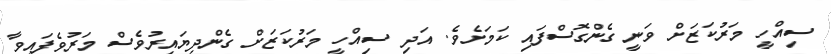
ސިއްހީ މަރުކަޒަށް ވަނީ ގެންގޮސްފައި ކަމަށެވެ. އަދި ސިއްހީ މަރުކަޒަށް ގެންދިޔައިރުވެސް މަރުވެފައިވާ